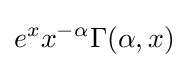
e^{x}x^{-\alpha }\Gamma (\alpha ,x)